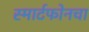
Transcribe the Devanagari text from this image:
स्मार्टफोनचा